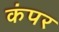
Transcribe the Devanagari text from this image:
कंपर